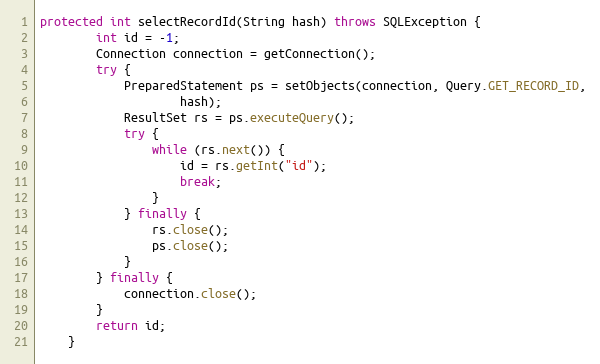
Language: Java
protected int selectRecordId(String hash) throws SQLException {
        int id = -1;
        Connection connection = getConnection();
        try {
            PreparedStatement ps = setObjects(connection, Query.GET_RECORD_ID,
                    hash);
            ResultSet rs = ps.executeQuery();
            try {
                while (rs.next()) {
                    id = rs.getInt("id");
                    break;
                }
            } finally {
                rs.close();
                ps.close();
            }
        } finally {
            connection.close();
        }
        return id;
    }